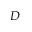
D